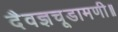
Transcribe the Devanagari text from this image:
दैवज्ञचूडामणी॥